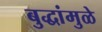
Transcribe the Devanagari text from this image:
बुद्धांमुळे